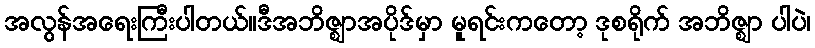
အလွန်အရေးကြီးပါတယ်။ဒီအဘိဇ္ဈာအပိုဒ်မှာ မူရင်းကတော့ ဒုစရိုက် အဘိဇ္ဈာ ပါပဲ၊